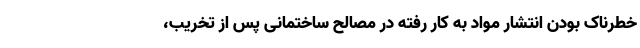
خطرناک بودن انتشار مواد به کار رفته در مصالح ساختمانی پس از تخریب،